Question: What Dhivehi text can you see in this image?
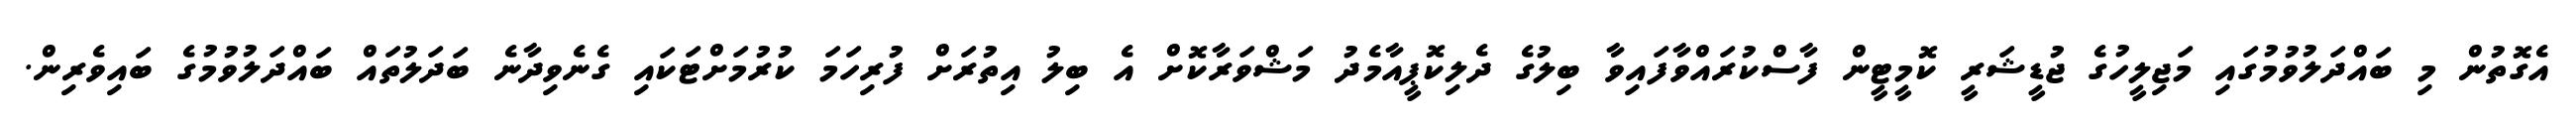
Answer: އެގޮތުން މި ބައްދަލުވުމުގައި މަޖިލީހުގެ ޖުޑީޝަރީ ކޮމީޓީން ފާސްކުރައްވާފައިވާ ބިލުގެ ދެލިކޮޕީއާމެދު މަޝްވަރާކޮށް އެ ބިލު އިތުރަށް ފުރިހަމަ ކުރުމަށްޓަކައި ގެނެވިދާނެ ބަދަލުތައް ބައްދަލުވުމުގެ ބައިވެރިން.